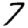
Digit: 7